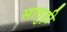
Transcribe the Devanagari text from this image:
सातुड़ी